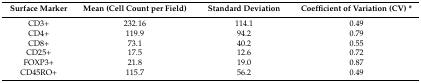
| Surface Marker | Mean (Cell Count per Field) | Standard Deviation | Coefficient of Variation (CV) * |
 | --- | --- | --- | --- |
 | CD3+ | 232.16 | 114.1 | 0.49 |
 | CD4+ | 119.9 | 94.2 | 0.79 |
 | CD8+ | 73.1 | 40.2 | 0.55 |
 | CD25+ | 17.5 | 12.6 | 0.72 |
 | FOXP3+ | 21.8 | 19.0 | 0.87 |
 | CD45RO+ | 115.7 | 56.2 | 0.49 |